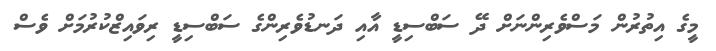
މީގެ އިތުރުން މަސްވެރިންނަށް ދޭ ސަބްސިޑީ އާއި ދަނޑުވެރިންގެ ސަބްސިޑީ ރިވައިޒްކުރުމަށް ވެސް